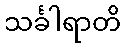
သင်္ခါရာတိ